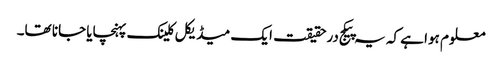
معلوم ہوا ہے کہ یہ پیکج درحقیقت ایک میڈیکل کلینک پہنچایا جانا تھا۔